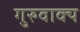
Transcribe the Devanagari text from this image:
गुरुवाक्य